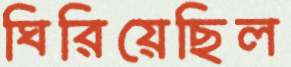
ঘিরিয়েছিল